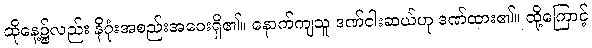
ထိုနေ့၌လည်း နိဂုံးအစည်းအဝေးရှိ၏။ နောက်ကျသူ ဒဏ်ငါးဆယ်ဟု ဒဏ်ထား၏။ ထို့ကြောင့်